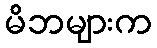
မိဘများက